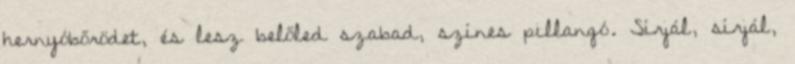
hernyóbőrödet, és lesz belőled szabad, színes pillangó. Sírjál, sírjál,